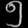
Digit: ၅